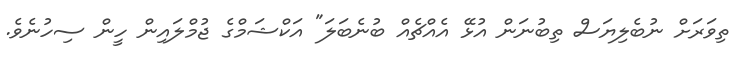
ތިވަރަށް ނުބެލިޔަސް ތިބުނަން އުޅޭ އެއްޗެއް ބުނެބަލަ" އަކްޝަމްގެ ޖުމްލައިން ހީން ސިހުނެވެ.